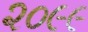
૨૦૯૯